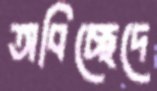
অবিচ্ছেদে